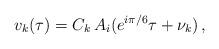
LaTeX: \begin{align*} v_k (\tau)= C_k\, A_i(e^{i\pi/6}\tau+\nu_k)\,,\end{align*}